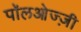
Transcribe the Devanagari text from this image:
पॉलओज्ज़ी